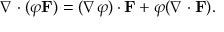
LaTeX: \nabla \cdot ( \varphi \mathbf { F } ) = ( \nabla \varphi ) \cdot \mathbf { F } + \varphi ( \nabla \cdot \mathbf { F } ) .